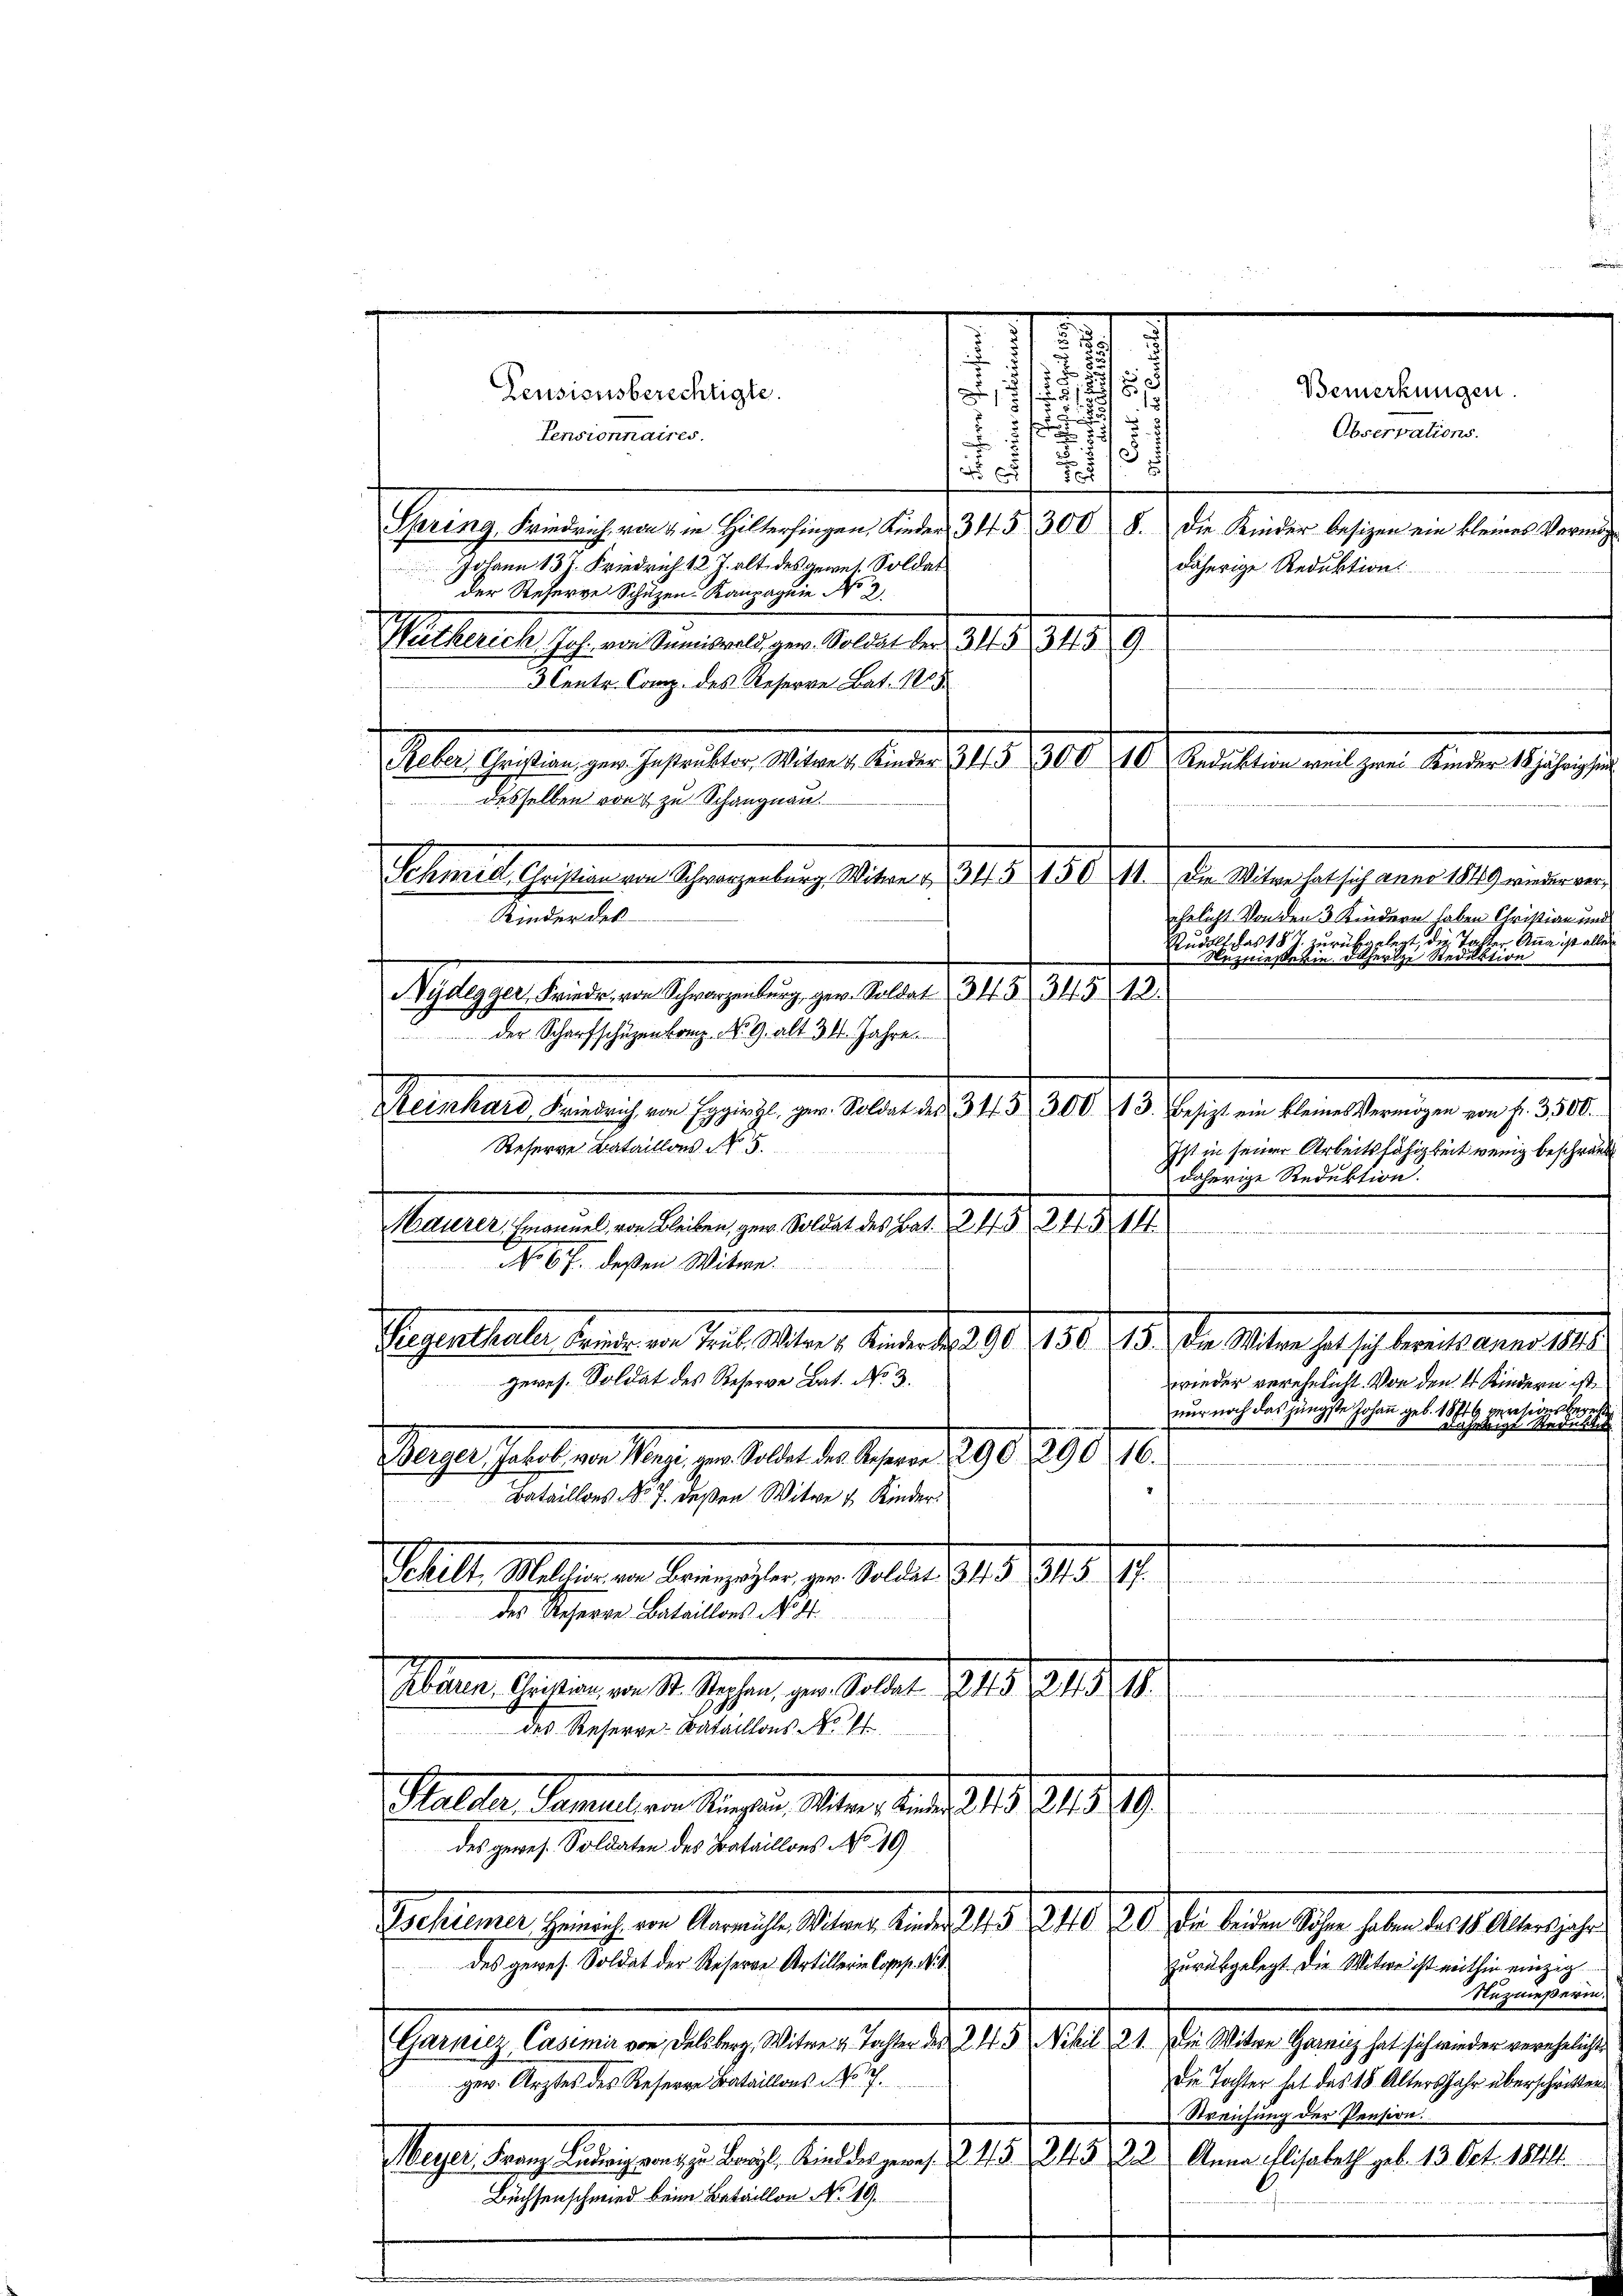
geres. Soldat des Reserve Bat. No. 3.

1

t
8
Pensionsberechtigte.
12,15

2.

Pensionnaires.
.
N 55 x
Spring, Friedrich von 4 in Hiltersingen, Kinder 345 300 8.
Johann 13 f. Friedrich 12 J. alt des gewes. Soldat
der Steherre Schuzen Kampagnie No 2.
Wutherich Joh. von Semiswald gew. Soldat der 343, 345 9.
3 Centr. Comp. des Reserre Bat. 1805.
Reber Geistian zum Gestrickter, Witwe, Ander 1941 § 306. 10. Reduktion weil zwei Kinder 18jährigen
desselben von zu Schangnau
Alemals heuten in chargelang. Aber 1941. 191. 14. der Menschaffenerall seinen ein
Kinder des
Ryhlegger, keine an Schregelung gern Malant. 318. 318. 12.
der Scharfschüzenkamp No. 9. alt 34. Jahre
Heinhard Friedrich von Eggirzl, ger. Soldat des 313 300 13. Besizt ein kleines Vermögen von fr. 3500.
Referre Bataillons No 5.
Maurer, Emanuel, von Bleiben, gew. Soldat des Bat. 243 245 1
No 67. deßen Witwe.

Meyer, Franz Ludwig von zu Baryl, Kindert gewes 245. 245. 22. Anna Elisabeth geb. 13. Oct. 1814.
Büchsenschmied beim Bataillon No. 49.

73.

Bemerkungen
Observations.

Die Kinder besizen ein kleines Vermidäherige Reduktion

Ist in seiner Arbeitsfähigkeit wenig beschränkt
daherige Reduktion.

Gegenthalte der von Teil Mater, denen d. 160. 151. 715. den Man halsch teiltenen
wieder verehelicht. Von den 4 Kindern ist
nur noch das jüngste Johann geb. 1846 versionsberei
Greyer Jahret von Mag. zur Selbst das Geser 1890. 290. 76.
Bataillons No. 7. deßen Witwe 4 Kinder
Schill. Wassenen Kampfehlen u. datirt 149, 1818. 11
des Unserre Bataillons N. K.
Ahnen Geisten von 14. Jahren gen. Sollen 31. 219. 11
des Reserve-Bataillons No. Er
2. d. 241
Malten Tannes an Magen Man vnd 121. 319, 19
des gewes. Soldaten des Bataillons No 10
Patiennen Gerich in Anreiche Aber die als 5. Juli 1910 in einen sehr haben des Albergehen
des gewes. Soldat der Reserre Artillerin Copp. N. S.
zurückgelegt die Witwe ist mithin einzig
Neznießerin.
Garniez, Casimir von Delsberg, Witwe v. Tochter der 2 45 Nihil 21. Die Witwe Garnicz hat sich wieder verehelichts
Die Tochter hat das 18 Alters Jahr überschritten
ger. Arztes des Reserre Bataillons NNo. 7.
Streichung der Pension.

ehelicht. Von den 3 Kindern haben Christian und
Rudolt das 18 J. zurückgelegt, die Taster Anna ist aller
Nezmesserin ortherige Steduktion

Daherige Redukti